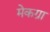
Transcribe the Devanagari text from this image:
मेकग्रा